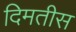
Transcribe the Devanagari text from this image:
दिमतीस